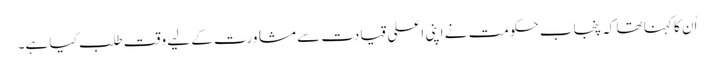
اُن کا کہنا تھا کہ پنجاب حکومت نے اپنی اعلی قیادت سے مشاورت کے لیے وقت طلب کیا ہے۔